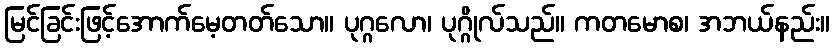
မြင်ခြင်းဖြင့်အောက်မေ့တတ်သော။ ပုဂ္ဂလော၊ ပုဂ္ဂိုလ်သည်။ ကတမောစ၊ အဘယ်နည်း။